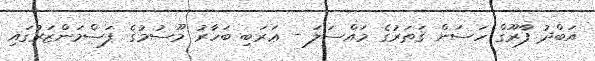
އަބްދު ފާރޫގް ހަސަން ޤަޠަރުގެ މައްސަލަ - ޢަރަބި ބަހާރު މޫސުމުގެ ފަސްމަންޒަރުގައި